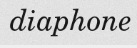
diaphone